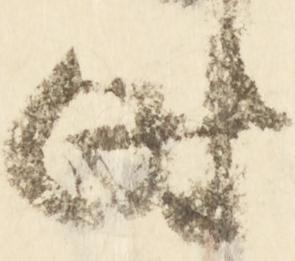
時